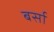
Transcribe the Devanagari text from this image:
बर्सा